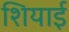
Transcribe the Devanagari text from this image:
शियाई